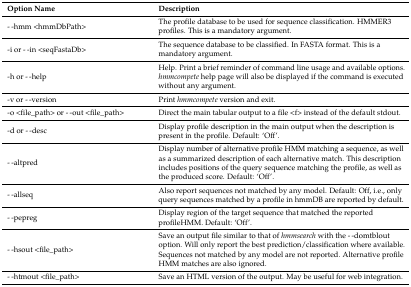
<table><thead><tr><td><b>Option Name</b></td><td><b>Description</b></td></tr></thead><tbody><tr><td>--hmm &lt;hmmDbPath&gt;</td><td>The profile database to be used for sequence classification. HMMER3 profiles. This is a mandatory argument.</td></tr><tr><td>-i or --in &lt;seqFastaDb&gt;</td><td>The sequence database to be classified. In FASTA format. This is a mandatory argument.</td></tr><tr><td>-h or --help</td><td>Help. Print a brief reminder of command line usage and available options. <i>hmmcompete</i> help page will also be displayed if the command is executed without any argument.</td></tr><tr><td>-v or --version</td><td>Print <i>hmmcompete</i> version and exit.</td></tr><tr><td>-o &lt;file_path&gt; or --out &lt;file_path&gt;</td><td>Direct the main tabular output to a file &lt;f&gt; instead of the default stdout.</td></tr><tr><td>-d or --desc</td><td>Display profile description in the main output when the description is present in the profile. Default: ‘Off’. </td></tr><tr><td>--altpred</td><td>Display number of alternative profile HMM matching a sequence, as well as a summarized description of each alternative match. This description includes positions of the query sequence matching the profile, as well as the produced score. Default: ‘Off’.</td></tr><tr><td>--allseq</td><td>Also report sequences not matched by any model. Default: Off, i.e., only query sequences matched by a profile in hmmDB are reported by default.</td></tr><tr><td>--pepreg</td><td>Display region of the target sequence that matched the reported profileHMM. Default: ‘Off’.</td></tr><tr><td>--hsout &lt;file_path&gt;</td><td>Save an output file similar to that of <i>hmmsearch</i> with the --domtblout option. Will only report the best prediction/classification where available. Sequences not matched by any model are not reported. Alternative profile HMM matches are also ignored.</td></tr><tr><td>--htmout &lt;file_path&gt;</td><td>Save an HTML version of the output. May be useful for web integration.</td></tr></tbody></table>